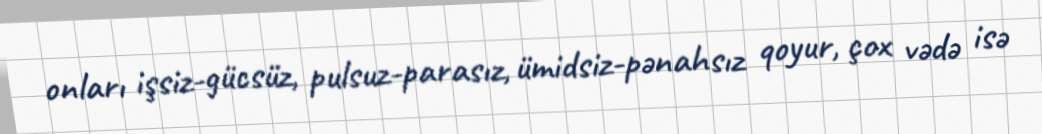
оnlаrı işsiz-gücsüz, pulsuz-pаrаsız, ümidsiz-pənаhsız qоyur, çоx vədə isə